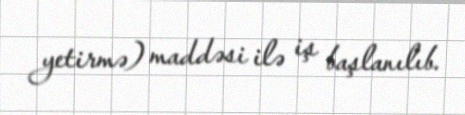
yetirmə) maddəsi ilə iş başlanılıb.